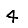
Digit: 4